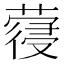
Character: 𮑈